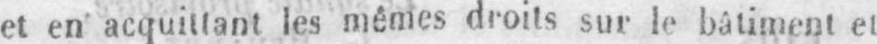
et en acquittant les mêmes droits sur le bâtiment et